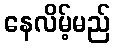
နေလိမ့်မည်